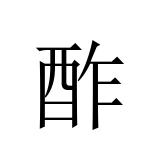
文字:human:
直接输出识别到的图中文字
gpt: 酢